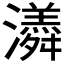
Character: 𭳫